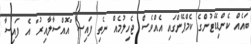
ބައެއް ކެންޑިޑޭޓުންގެ ކެމްޕޭންގައި އެއްވެސް ޖެހިލުމެއް ނެތި ފައިސާ "އޮއްސާލާއިރު" އެ ފައިސާ